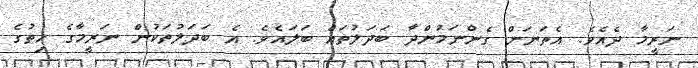
ނަރީމާ ދެއެވެ. އެތަނަށް ގެންނަމުންދާ ބަދަލުތައް ބަލައެވެ. އެ ބަދަލުތަކުން ނަރީމާގެ ހިތުގެ